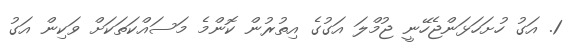
1. އަގު ހުށަހަޅަންޖެހޭނީ ޖުމްލަ އަގުގެ އިތުރުން ކޮންމެ މަސައްކަތަކަށް ވަކިން އަގު